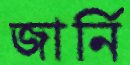
জার্নি